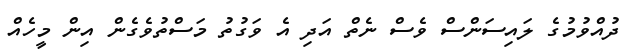
ދުއްވުމުގެ ލައިސަންސް ވެސް ނެތް އަދި އެ ވަގުތު މަސްތުވެގެން އިން މީހެއް